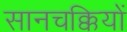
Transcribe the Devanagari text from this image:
सानचक्कियों